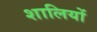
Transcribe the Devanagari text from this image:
शालियों